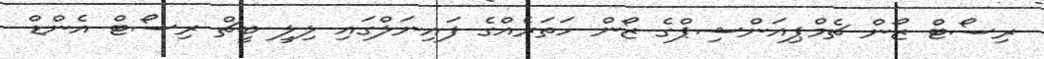
ރިސޯޓް ޒޯން ޗެމްޕިއަންޝިޕްގެ ޒޯން ހަތަރެއްގެ ފައިނަލްގައި ލިލީ ބީޗް ރިސޯޓް އެންޑް